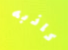
كاذبه